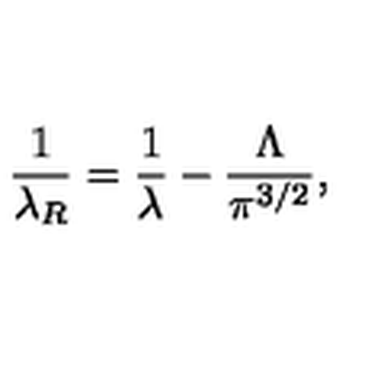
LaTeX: \frac { 1 } { \lambda _ { R } } = \frac { 1 } { \lambda } - \frac { \Lambda } { \pi ^ { 3 / 2 } } ,